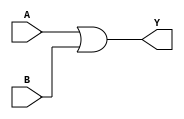
`timescale 1ns / 1ps
//////////////////////////////////////////////////////////////////////////////////
// Company: 
// Engineer: 
// 
// Design Name: 
// Module Name:    ORgate_2IP 
// Project Name: 
// Target Devices: 
// Tool versions: 
// Description: 
//
// Dependencies: 
//
// Revision: 
// Revision 0.01 - File Created
// Additional Comments: 
//
//////////////////////////////////////////////////////////////////////////////////
module ORgate_2IP(
    input A,
    input B,
    output Y
    );
assign Y=A|B;

endmodule